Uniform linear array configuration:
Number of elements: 12
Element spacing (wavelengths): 1
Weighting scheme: exponential
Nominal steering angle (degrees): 45
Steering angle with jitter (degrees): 46.144
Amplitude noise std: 0.05
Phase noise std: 0.05

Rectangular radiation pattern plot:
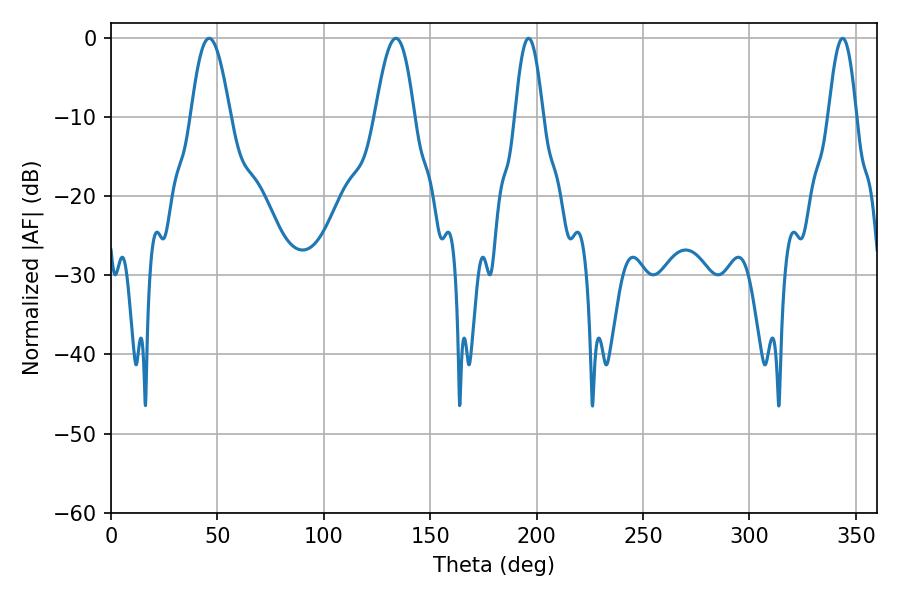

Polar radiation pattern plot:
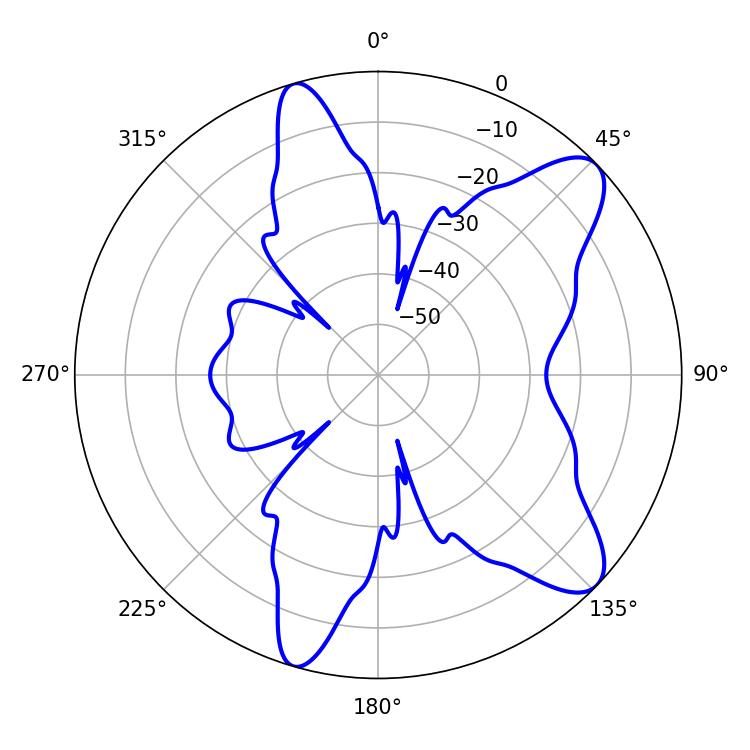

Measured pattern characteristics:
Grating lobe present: TRUE
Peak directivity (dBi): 9.8
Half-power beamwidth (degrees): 7.02
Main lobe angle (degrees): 196.2